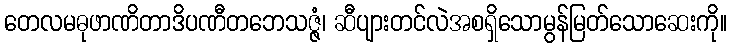
တေလမဓုဖာဏိတာဒိပဏီတဘေသဇ္ဇံ၊ ဆီပျားတင်လဲအစရှိသောမွန်မြတ်သောဆေးကို။